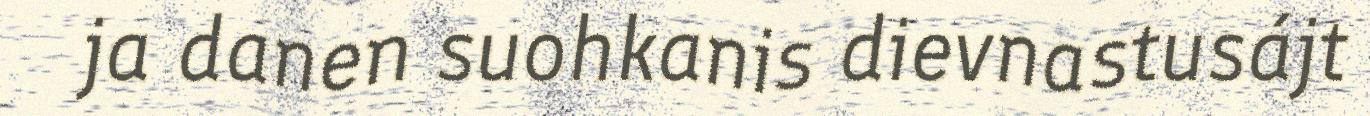
ja danen suohkanis dievnastusájt